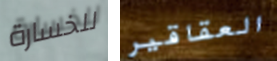
للخسارة العقاقير